Civil Veterinary Dept. Assam report 1911-1927 - 1911-1927
Year: 1911
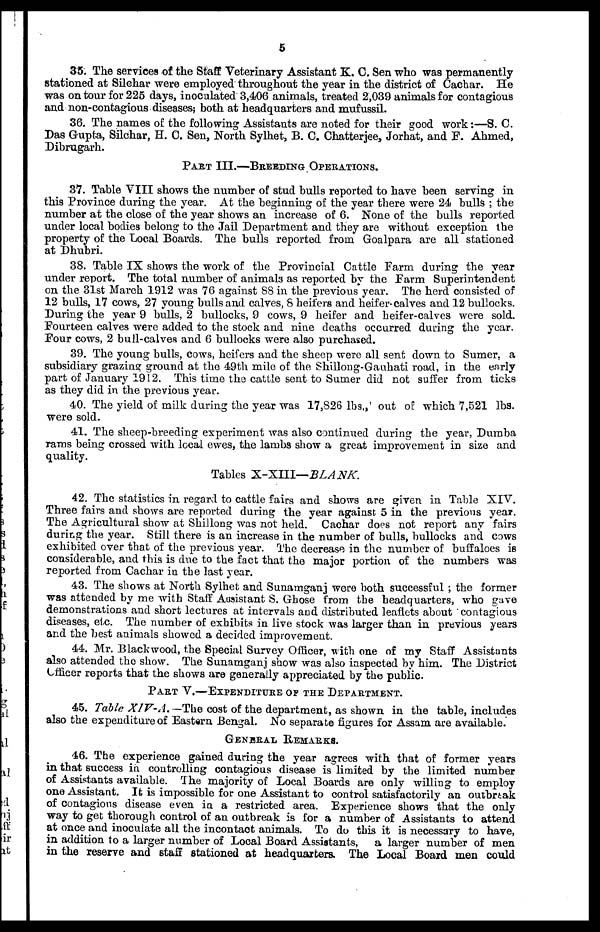
6
35. The services of the Staff Veterinary Assistant K. C. Sen who was permanently
stationed at Silehar were employed throughout the year in the district of Cachar. He
was on tour for 225 days, inoculated 3,406 animals, treated 2,039 animals for contagious
and non-contagious diseases, both at headquarters and mufussiL
36. The names of the following Assistants are noted for their good work:—S. C.
Das Gupta, Silchar, H. 0. Sen, North Sylhet, B. C. Chatterjee, Jorhat, and F. Ahmed,
Dibrugarh.
PART III.—BREEDING OPERATIONS.
37. Table VIII shows the number of stud bulls reported to have been serving in
this Province during the year. At the beginning of the year there were 24 bulls ; the
number at the close of the year shows an increase of 6. None of the bulls reported
under local bodies belong to the Jail Department and they are without exception the
property of the Local Boards. The bulls reported from Goalpara are all stationed
at Dhubri.
38. Table IX shows the work of the Provincial Cattle Farm during the year
under report. The total number of animals as reported by the Farm Superintendent
on the 31st March 1912 was 76 against 88 in the previous year. The herd consisted of
12 bulls, 17 cows, 27 young bulls and calves, 8 heifers and heifer.calves and 12 bullocks.
During the year 9 bulls, 2 bullocks, 9 cows, 9 heifer and heifer-calves were sold.
Fourteen calves were added to the stock and nine deaths occurred during the year.
Four cows, 2 bull-calves and 6 bullocks were also purchased.
39. The young bulls, cows, heifers and the sheep were all sent down to Sumer, a
subsidiary grazing ground at the 49th mile of the Shillong-Gauhati road, in the early
part of January 1912. This time the cattle sent to Sumer did not suffer from ticks
as they did in the previous year.
40. The yield of milk during the year was 17,826 lbs., out of which 7,521 lbs.
were sold.
41. The sheep-breeding experiment was also continued during the year, Duraba
rams being crossed with local ewes, the lambs show a great improvement in size and
quality.
Tables X-XTIT—BLANK.
42. The statistics in regard to cattle fairs and shows are given in Table XIV.
Three fairs and shows are reported during the year against 5 in the previous year.
The Agricultural show at Shillong was not held. Cachar does not report any fairs
during the year. Still there is an increase in the number of bulls, bullocks and cows
exhibited over that of the previous year. The decrease in the number of buffaloes is
considerable, and this is due to the fact that the major portion of the numbers was
reported from Cachar in the last year.
43. The shows at North 8ylhet and Sunamganj were both successful ; the former
was attended by me with Staff Assistant S. Ghose from the headquarters, who gave
demonstrations and short lectures at intervals and distributed leaflets about contagious
diseases, etc. The number of exhibits in live stock was larger than in previous years
and the best animals showed a decided improvement.
44. Mr. Blackwood, the Special Survey Officer, with one of my Staff Assistants
also attended the show. The Sunamganj show was also inspected by him. The District
Officer reports that the shows are generally appreciated by the public .
PART V.—EXPENDITURE OF THE DEPARTMENT.
45. Table XIV-A. —The cost of the department, as shown in the table, includes
also the expenditure of Eastern Bengal. No separate figures for Assam are available.
GENERAL REMARKS.
46. The experience gained during the year agrees with that of former years
in that success in controlling contagious disease is limited by the limited number
of Assistants available. The majority of Local Boards are only willing to employ
one Assistant. It is impossible for one Assistant to control satisfactorily an outbreak
of contagious disease even in a restricted area. Experience shows that the only
way to get thorough control of an outbreak is for a number of Assistants to attend
at once and inoculate all the incontact animals. To do this it is necessary to have,
in addition to a larger number of Local Board Assistants, a larger number of men
in the reserve and staff stationed at headquarters. The Local Board men could